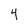
Character: 4